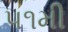
૫૧મી